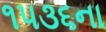
૧૫૩૬ના